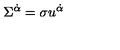
\Sigma ^ { \dot { \alpha } } = \sigma u ^ { \dot { \alpha } }